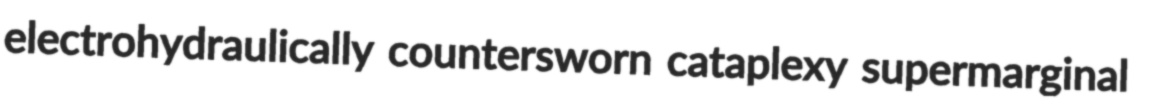
electrohydraulically countersworn cataplexy supermarginal